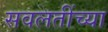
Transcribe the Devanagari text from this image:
सवलतींच्या